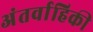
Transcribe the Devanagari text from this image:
अंतर्वाहिकी